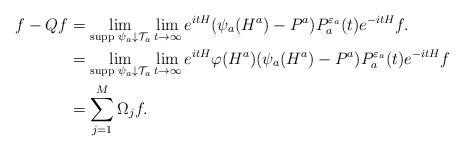
LaTeX: \begin{align*}\begin{aligned}f-Qf&=\lim_{\mbox{\scriptsize supp }\psi_a\downarrow\mathcal{T}_a}\lim_{t\to\infty}e^{itH}(\psi_a(H^a)-P^a)P_a^{{\varepsilon}_a}(t)e^{-itH}f.\\&=\lim_{\mbox{\scriptsize supp }\psi_a\downarrow\mathcal{T}_a}\lim_{t\to\infty}e^{itH}\varphi(H^a)(\psi_a(H^a)-P^a)P_a^{{\varepsilon}_a}(t)e^{-itH}f\\&=\sum_{j=1}^M\Omega_jf.\end{aligned}\end{align*}